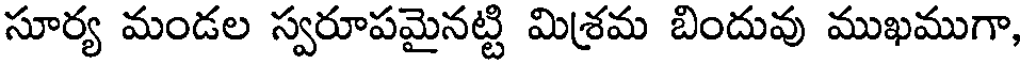
సూర్య మండల స్వరూపమైనట్టి మిశ్రమ బిందువు ముఖముగా,